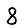
Digit: 8